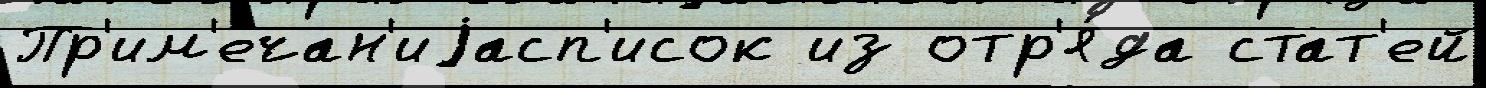
Пр'им'ечан'иjасп'исок из отр'я́да стат'ей